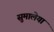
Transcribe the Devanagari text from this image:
सुमालेया